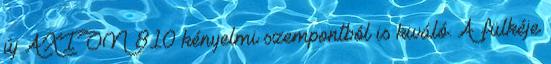
új AXION 810 kényelmi szempontból is kiváló. A fülkéje